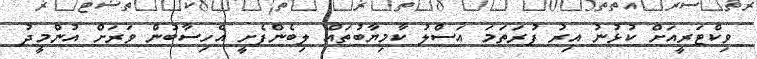
ވިކްޓަރީއަށް ކުޅުނު އިރު ފުރަތަމަ އަސްލު ކާމިޔާބުތައް ލިބެންފެށީ އެހިސާބުން ވަރަށް އުންމީދު